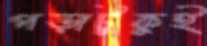
পড়াটুকুই